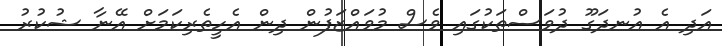
އަދި އެ އުނދަގޫ ދުވަސްތަކުގައި ވެސް މުވައްޒަފުން ދިން އެހީތެރިކަމަށް އޭނާ ޝުކުރު